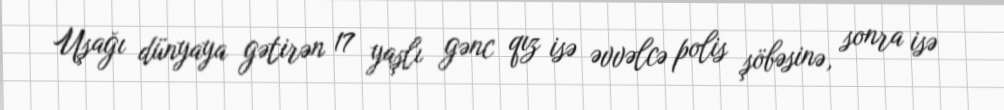
Uşağı dünyaya gətirən 17 yaşlı gənc qız isə əvvəlcə polis şöbəsinə, sonra isə